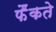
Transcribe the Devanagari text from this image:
फैंकते